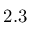
2 . 3